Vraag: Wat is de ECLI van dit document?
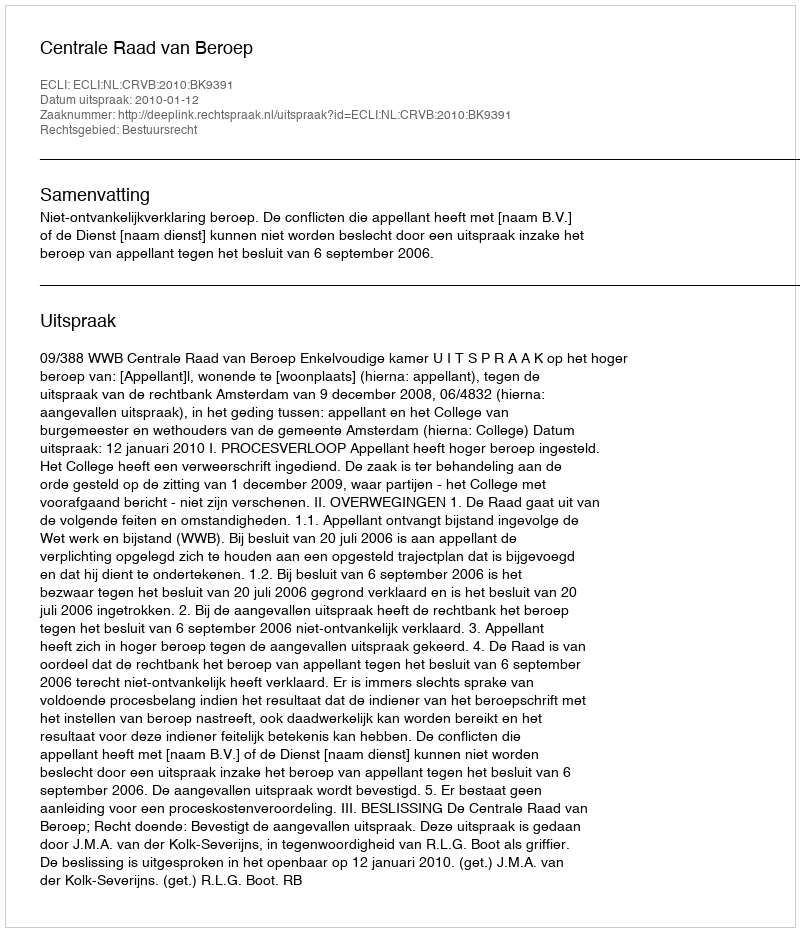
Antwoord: ECLI:NL:CRVB:2010:BK9391